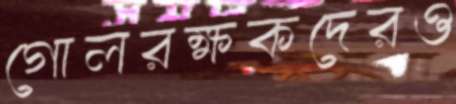
গোলরক্ষকদেরও